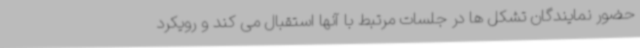
حضور نمایندگان تشکل ها در جلسات مرتبط با آنها استقبال می کند و رویکرد